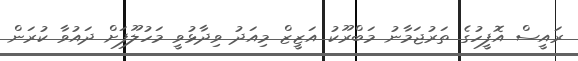
ރައީސް އޮފީހުގެ ތަރުޖަމާނު މަބްރޫކު އަޒީޒް މިއަދު ވިދާޅުވީ މަހުލޫފަށް ދައުވާ ކުރަން